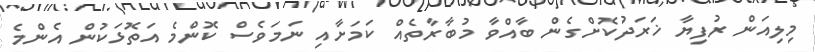
މިލިއަން ރުފިޔާ ޚަރަދުކޮށްގެން ބާއްވާ މުބާރާތެއް ކަމަށާއި ނަމަވެސް ކޮންމެ އަތޮޅަކުން އެންމެ